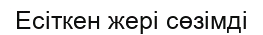
Есіткен жері сөзімді